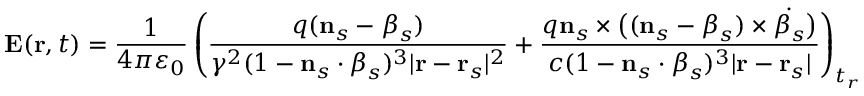
\mathbf { E } ( \mathbf { r } , t ) = { \frac { 1 } { 4 \pi \varepsilon _ { 0 } } } \left( { \frac { q ( \mathbf { n } _ { s } - { \boldsymbol { \beta } } _ { s } ) } { \gamma ^ { 2 } ( 1 - \mathbf { n } _ { s } \cdot { \boldsymbol { \beta } } _ { s } ) ^ { 3 } | \mathbf { r } - \mathbf { r } _ { s } | ^ { 2 } } } + { \frac { q \mathbf { n } _ { s } \times { \big ( } ( \mathbf { n } _ { s } - { \boldsymbol { \beta } } _ { s } ) \times { \dot { { \boldsymbol { \beta } } _ { s } } } { \big ) } } { c ( 1 - \mathbf { n } _ { s } \cdot { \boldsymbol { \beta } } _ { s } ) ^ { 3 } | \mathbf { r } - \mathbf { r } _ { s } | } } \right) _ { t _ { r } }